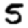
Digit: 5